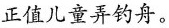
正值儿童弄钓舟。